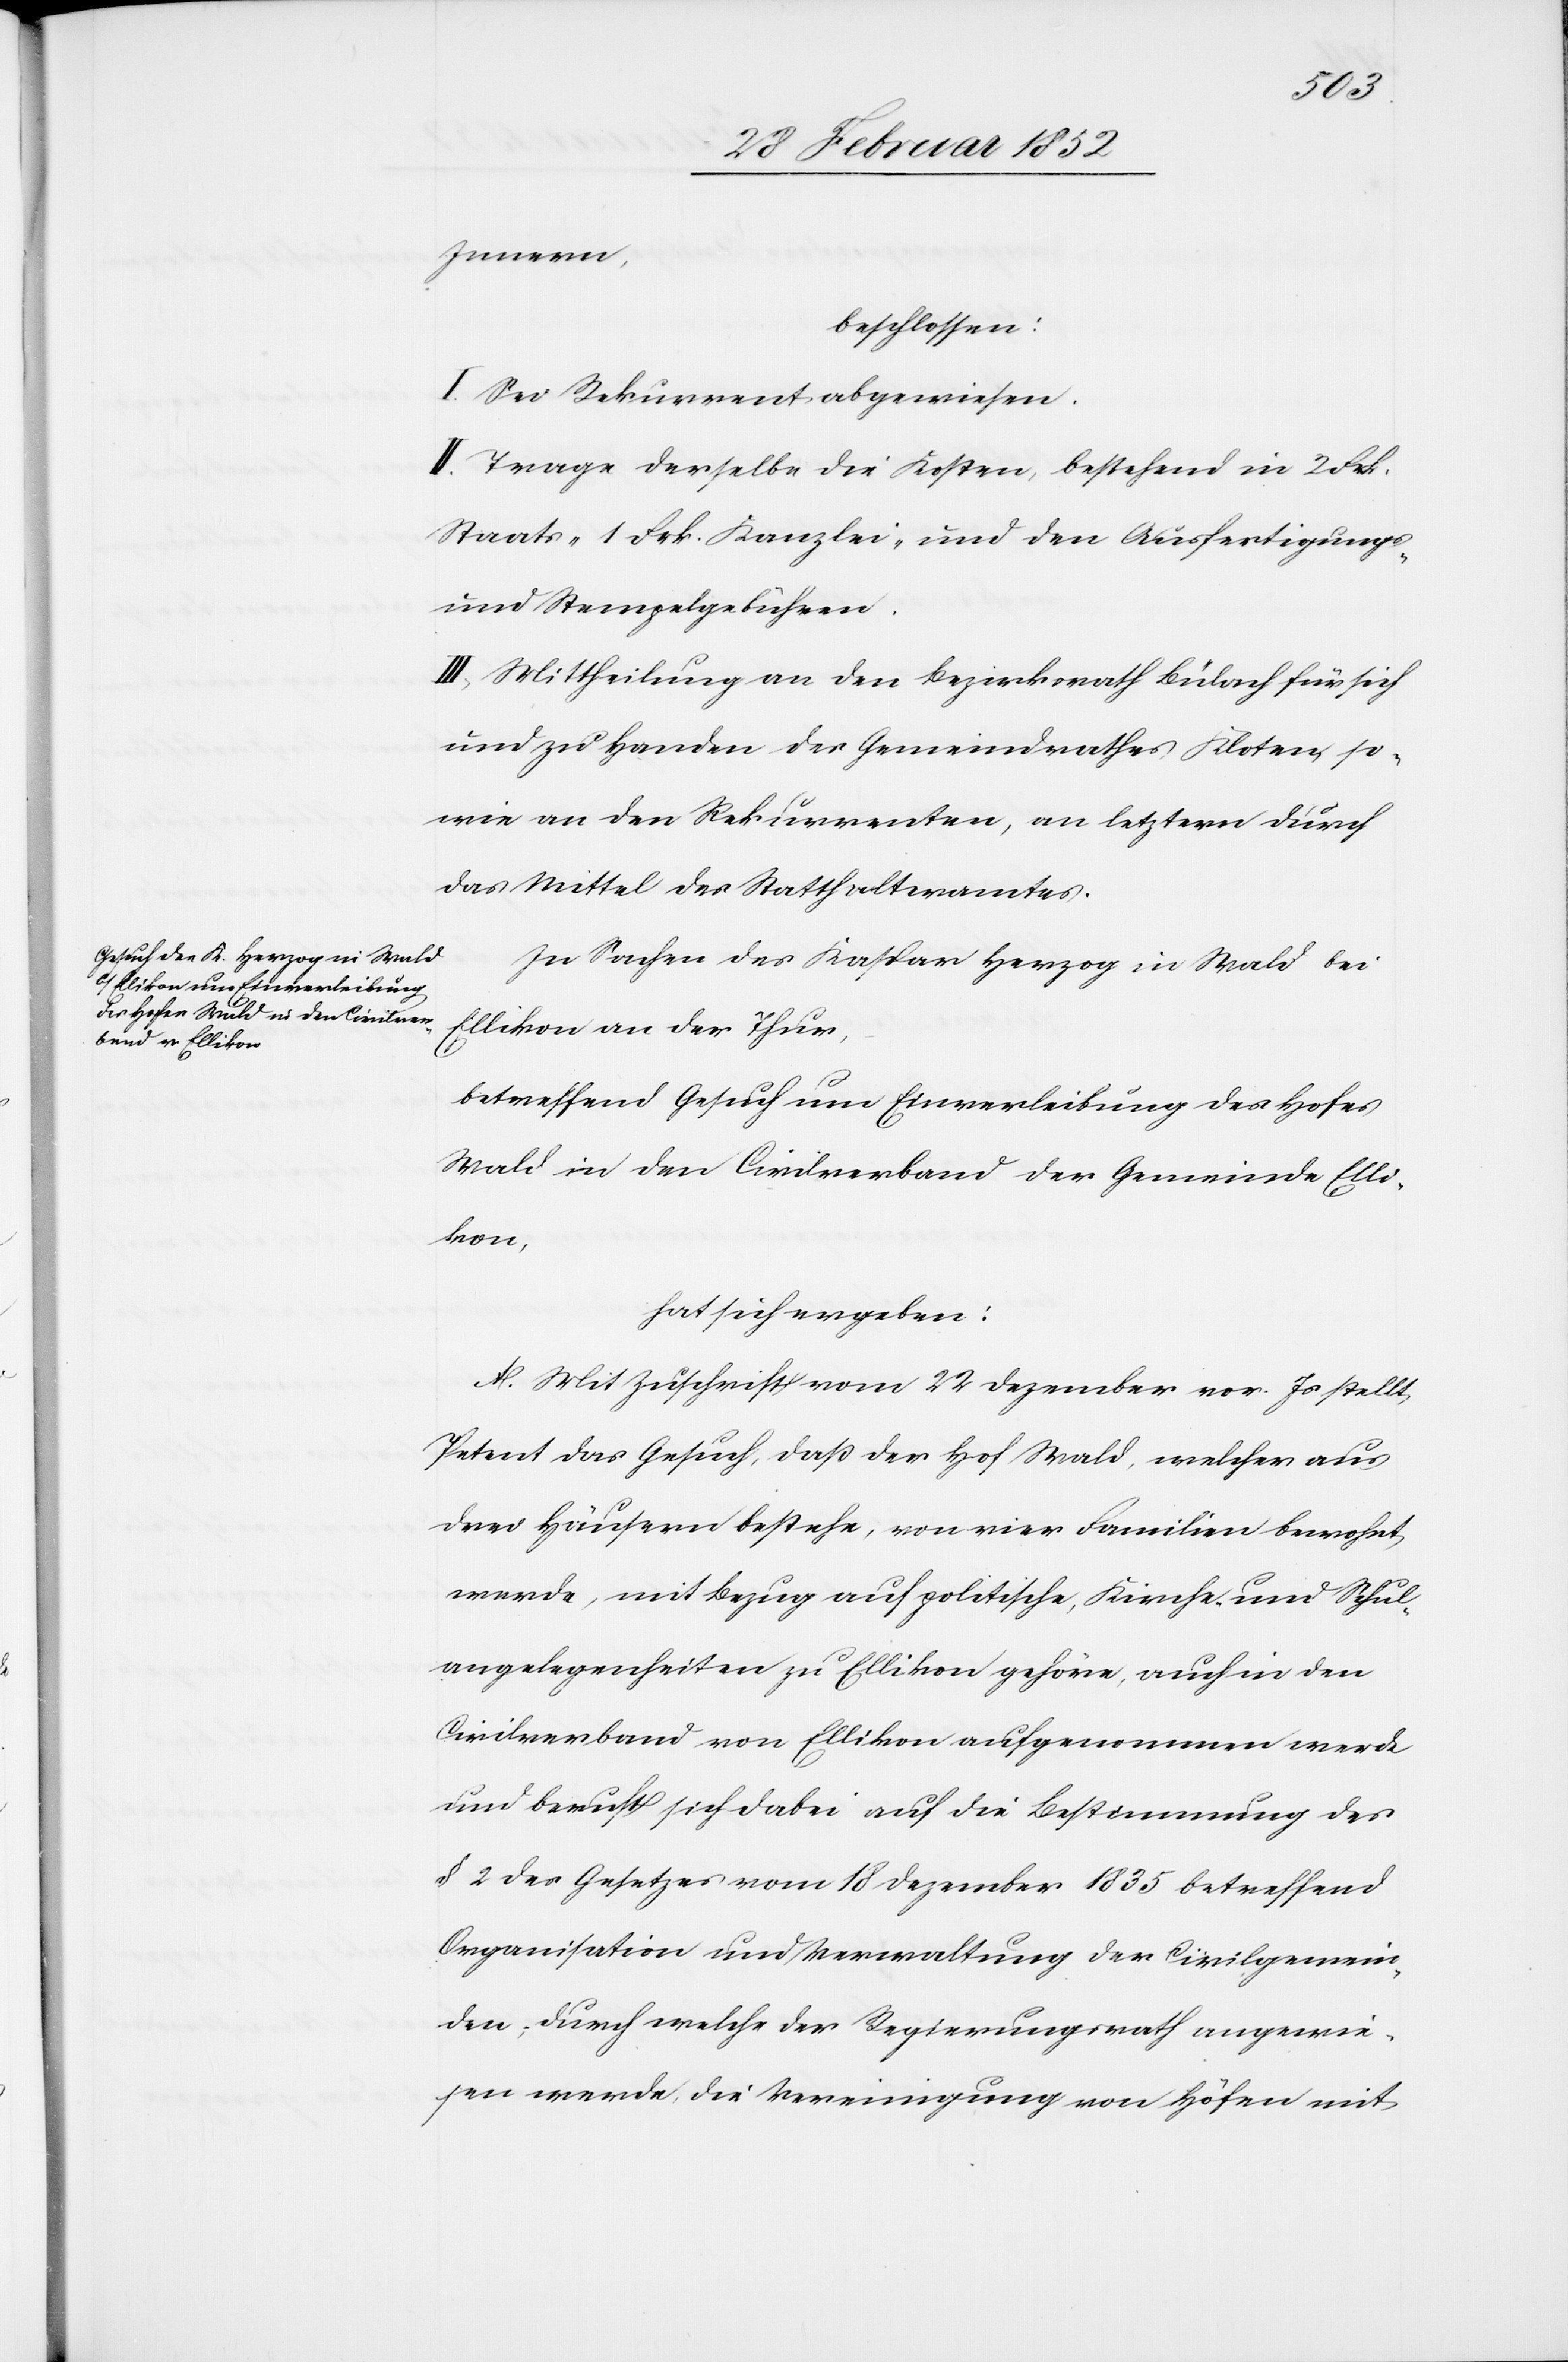
Innern,
beschlossen:
I. Sei Rekurrent abgewiesen.
II. Trage derselbe die Kosten, bestehend in 2 Frk.
Staats- 1 Frk. Kanzlei- und den Ausfertigungs-
und Stempelgebühren.
III. Mittheilung an den Bezirksrath Bülach für sich
und zu Handen des Gemeindrathes Kloten, so¬
wie an den Rekurrenten, an letztern durch
das Mittel des Statthalteramtes.
In Sachen des Kaspar Herzog in Wald bei
Ellikon an der Thur,
betreffend Gesuch um Einverleibung des Hofes
Wald in den Civilverband der Gemeinde Elli¬
kon,
hat sich ergeben:
A. Mit Zuschrift vom 22 Dezember vor. Js stellt
Petent das Gesuch, daß der Hof Wald, welcher aus
drei Häusern bestehe, von vier Familien bewohnt
werde, mit Bezug auf politische, Kirche- und Schul¬
angelegenheiten zu Ellikon gehöre, auch in den
Civilverband von Ellikon aufgenommen werde
und beruft sich dabei auf die Bestimmung des
§ 2 des Gesetzes vom 18 Dezember 1835 betreffend
Organisation und Verwaltung der Civilgemein¬
den, durch welche der Regierungsrath angewie¬
sen werde, die Vereinigung von Höfen mit